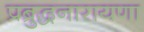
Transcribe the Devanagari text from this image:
प्रब्रुद्धनारायणा